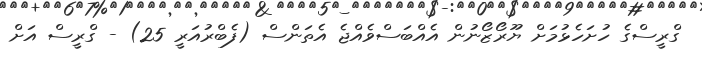
ގްރީސްގެ ހުށަހެޅުމަށް ޔޫރޯޒޯނުން އެއްބަސްވެއްޖެ އެތަންސް (ފެބްރުއަރީ 25) - ގްރީސް އަށް